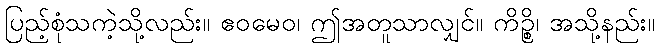
ပြည့်စုံသကဲ့သို့လည်း။ ဧဝမေဝ၊ ဤအတူသာလျှင်။ ကိဉ္စိ၊ အသို့နည်း။